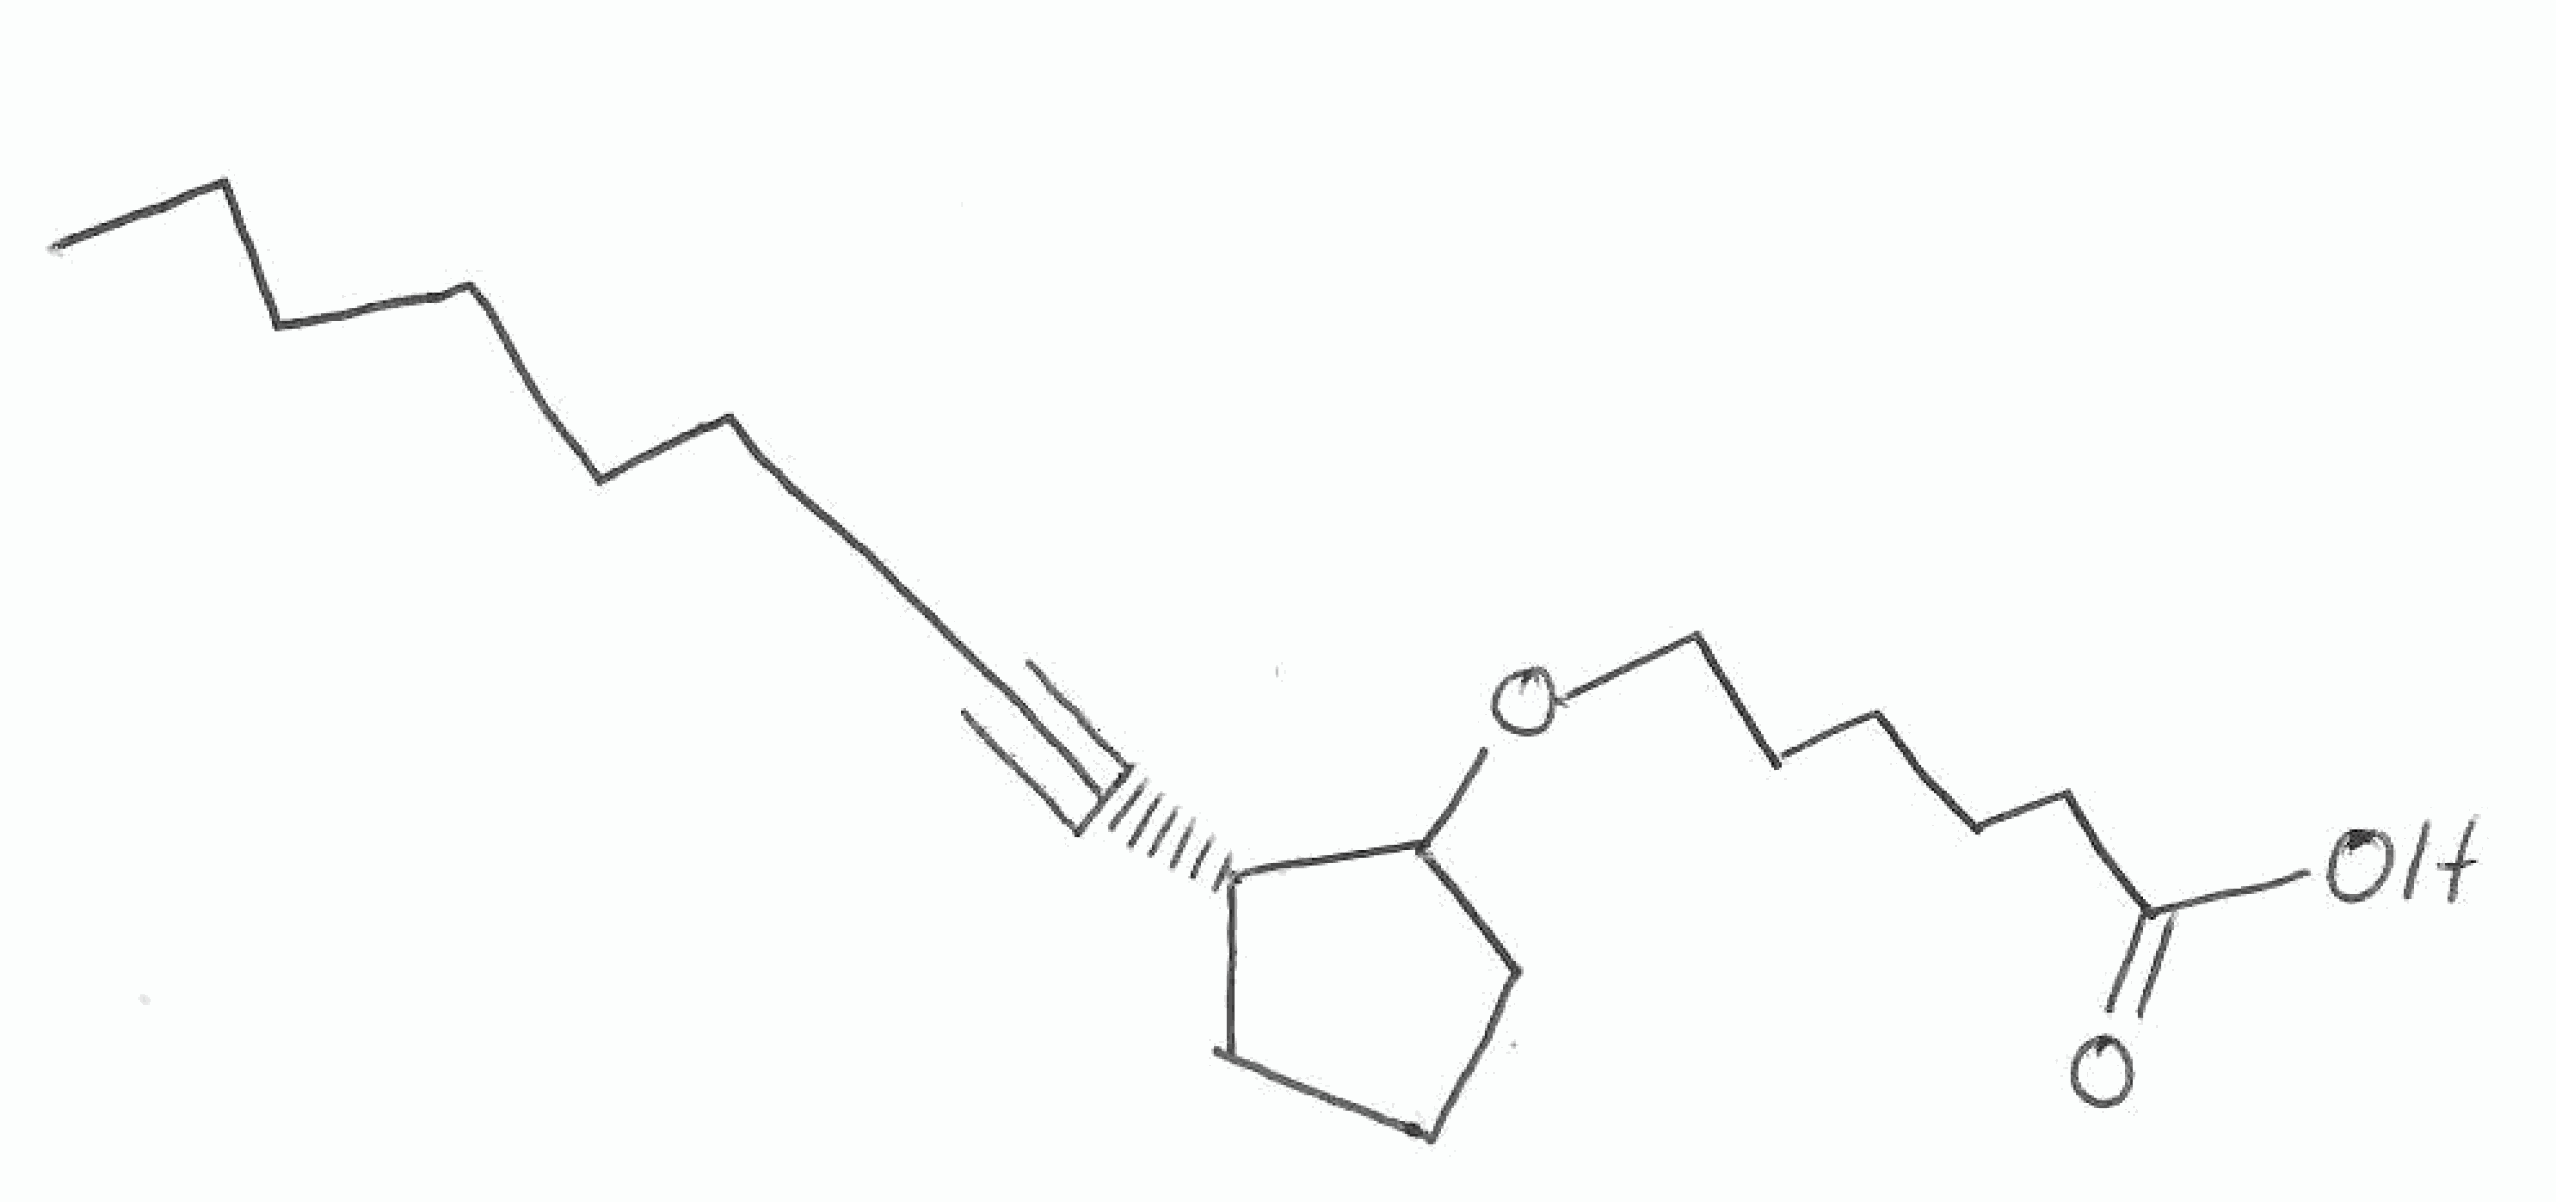
Simplified molecular-input line-entry system (SMILES) notation of the given molecule:
CCCCCCC#C[C@H]1CCCC1OCCCCCC(=O)O